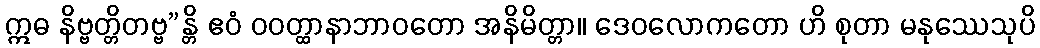
ဣဓ နိဗ္ဗတ္တိတဗ္ဗ”န္တိ ဧဝံ ဝဝတ္ထာနာဘာဝတော အနိမိတ္တာ။ ဒေဝလောကတော ဟိ စုတာ မနုဿေသုပိ